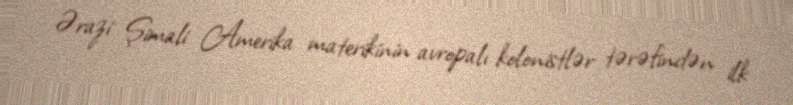
Ərazi Şimali Amerika materikinin avropalı kolonistlər tərəfindən ilk